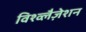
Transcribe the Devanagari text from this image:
विश्व्लैज़ेशन